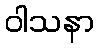
ဝါသနာ